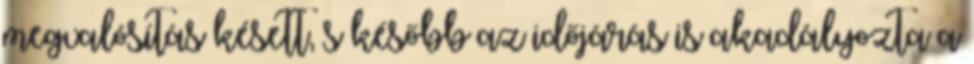
megvalósítás késett, s később az időjárás is akadályozta a